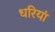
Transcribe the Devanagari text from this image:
धरियां